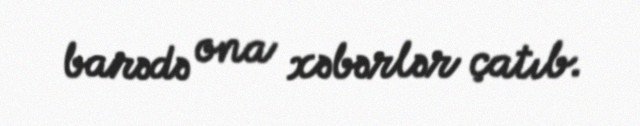
barədə ona xəbərlər çatıb.